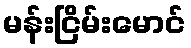
မန်းငြိမ်းမောင်